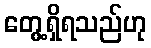
တွေ့ရှိရသည်ဟု